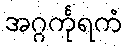
အဂ္ဂင်္ကုရကံ